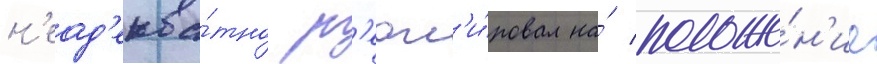
н'еад'еква́тно р'еаг'и́ровал на́ положе́н'ие